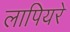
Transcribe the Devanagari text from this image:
लापियरे